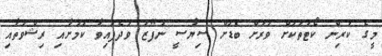
މީގެ ކުރިން ކޯޓުތަކަށް ވަރަށް ބޮޑަށް ސިޔާސީ ނުފޫޒު ވަދެފައިވާ ކަމަށާއި ރިޝްވަތާއި